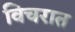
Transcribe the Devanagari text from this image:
विचरात